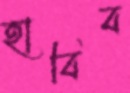
হাবিব